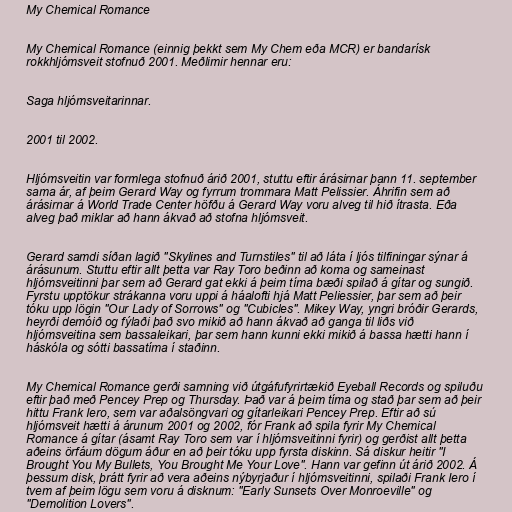
My Chemical Romance

My Chemical Romance (einnig þekkt sem My Chem eða MCR) er bandarísk
rokkhljómsveit stofnuð 2001. Meðlimir hennar eru:

Saga hljómsveitarinnar.

2001 til 2002.

Hljómsveitin var formlega stofnuð árið 2001, stuttu eftir árásirnar þann 11. september
sama ár, af þeim Gerard Way og fyrrum trommara Matt Pelissier. Áhrifin sem að
árásirnar á World Trade Center höfðu á Gerard Way voru alveg til hið ítrasta. Eða
alveg það miklar að hann ákvað að stofna hljómsveit.

Gerard samdi síðan lagið "Skylines and Turnstiles" til að láta í ljós tilfiningar sýnar á
árásunum. Stuttu eftir allt þetta var Ray Toro beðinn að koma og sameinast
hljómsveitinni þar sem að Gerard gat ekki á þeim tíma bæði spilað á gítar og sungið.
Fyrstu upptökur strákanna voru uppi á háalofti hjá Matt Peliessier, þar sem að þeir
tóku upp lögin "Our Lady of Sorrows" og "Cubicles". Mikey Way, yngri bróðir Gerards,
heyrði demóið og fýlaði það svo mikið að hann ákvað að ganga til liðs við
hljómsveitina sem bassaleikari, þar sem hann kunni ekki mikið á bassa hætti hann í
háskóla og sótti bassatíma í staðinn.

My Chemical Romance gerði samning við útgáfufyrirtækið Eyeball Records og spiluðu
eftir það með Pencey Prep og Thursday. Það var á þeim tíma og stað þar sem að þeir
hittu Frank Iero, sem var aðalsöngvari og gítarleikari Pencey Prep. Eftir að sú
hljómsveit hætti á árunum 2001 og 2002, fór Frank að spila fyrir My Chemical
Romance á gítar (ásamt Ray Toro sem var í hljómsveitinni fyrir) og gerðist allt þetta
aðeins örfáum dögum áður en að þeir tóku upp fyrsta diskinn. Sá diskur heitir "I
Brought You My Bullets, You Brought Me Your Love". Hann var gefinn út árið 2002. Á
þessum disk, þrátt fyrir að vera aðeins nýbyrjaður í hljómsveitinni, spilaði Frank Iero í
tvem af þeim lögu sem voru á disknum: "Early Sunsets Over Monroeville" og
"Demolition Lovers".